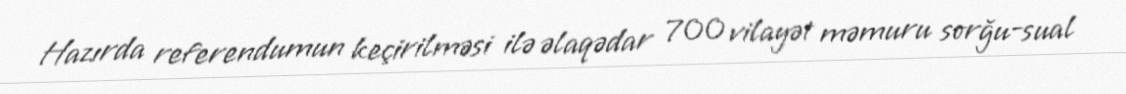
Hazırda referendumun keçirilməsi ilə əlaqədar 700 vilayət məmuru sorğu-sual